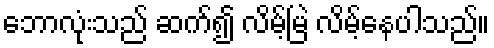
ဘောလုံးသည် ဆက်၍ လိမ့်မြဲ လိမ့်နေပါသည်။